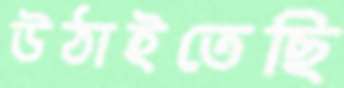
উঠাইতেছি